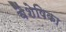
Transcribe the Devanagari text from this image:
वैशेषिका